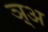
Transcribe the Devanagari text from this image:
ञ़्अ